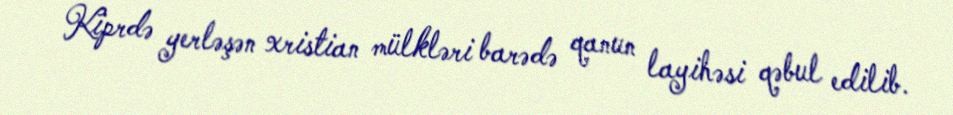
Kiprdə yerləşən xristian mülkləri barədə qanun layihəsi qəbul edilib.